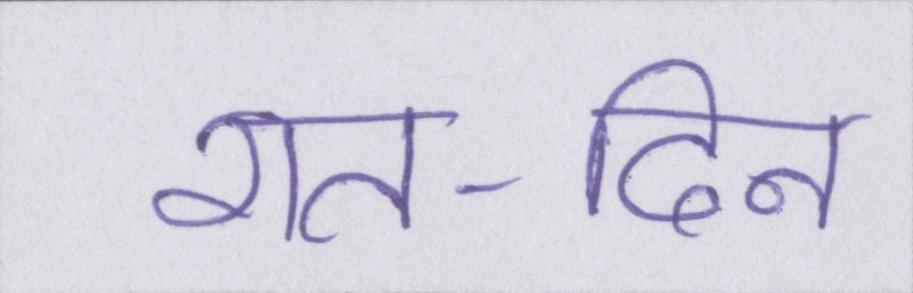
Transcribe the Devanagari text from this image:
रात-दिन